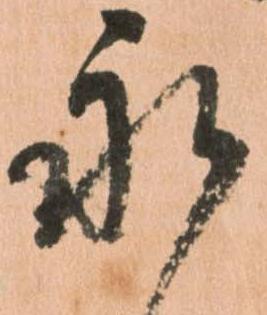
永